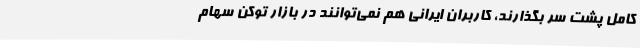
کامل پشت سر بگذارند، کاربران ایرانی هم نمی‌توانند در بازار توکن‌ سهام